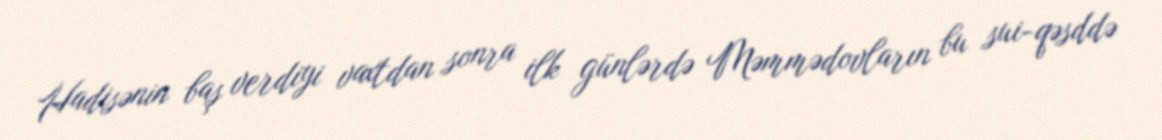
Hadisənin baş verdiyi vaxtdan sonra ilk günlərdə Məmmədovların bu sui-qəsddə